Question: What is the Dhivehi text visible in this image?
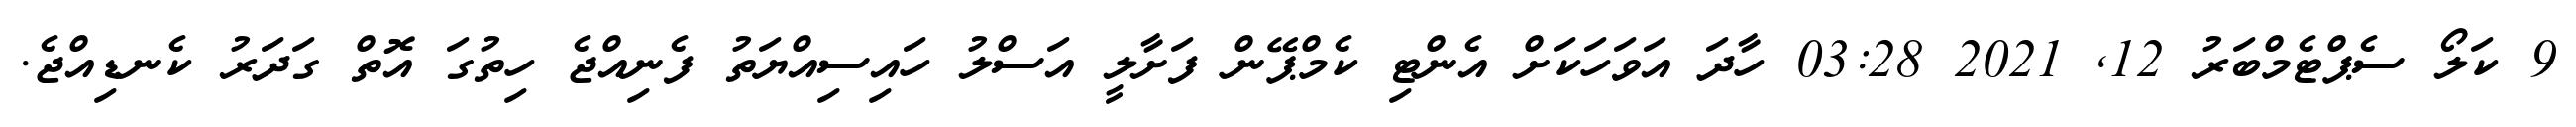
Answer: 9 ކަލޯ ސެޕްޓެމްބަރު 12, 2021 03:28 ހާދަ އަވަހަކަށް އެންޓި ކެމްޕޭން ފަށާލީ އަސްލު ހައިސިއްޔަތު ފެނިއްޖެ ހިތުގަ އޮތް ގަދަރު ކެނޑިއްޖެ.